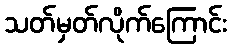
သတ်မှတ်လိုက်ကြောင်း